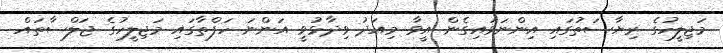
މަޖިލީހުގެ ރިޔާސަތުގައި އިންނަވައިގެން އީވާ މިއަދު ވިދާޅުވީ އަންނަ ހަފްތާގައި މަޖިލީހުގެ ޖަލްސާތައް